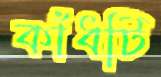
কাঁধটি